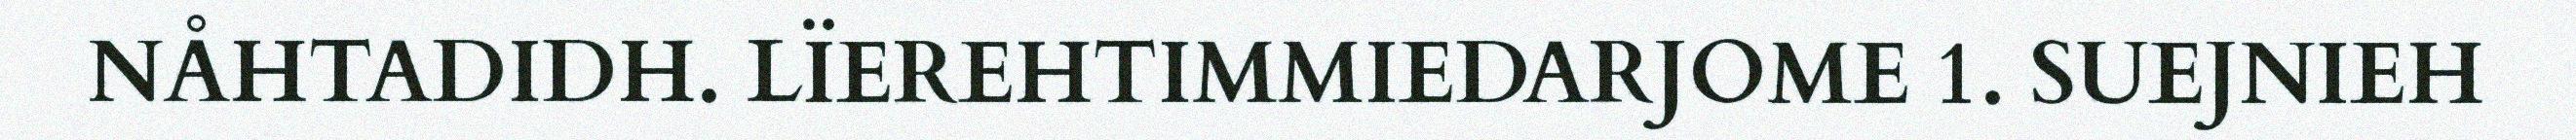
NÅHTADIDH. LÏEREHTIMMIEDARJOME 1. SUEJNIEH